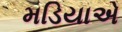
મડિયાએ